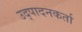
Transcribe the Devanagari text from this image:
उद्पादनकर्ता